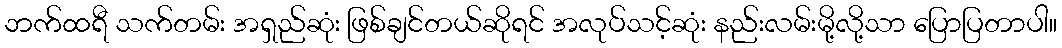
ဘက်ထရီ သက်တမ်း အရှည်ဆုံး ဖြစ်ချင်တယ်ဆိုရင် အလုပ်သင့်ဆုံး နည်းလမ်းမို့လို့သာ ပြောပြတာပါ။